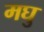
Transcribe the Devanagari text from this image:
मघु